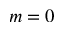
m = 0